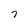
Character: 7